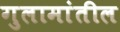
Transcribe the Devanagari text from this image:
गुलामांतील